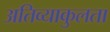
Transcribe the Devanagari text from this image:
अतिव्याकुलता